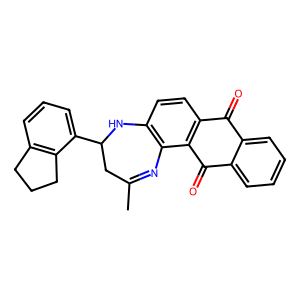
SMILES: CC1=Nc2c(ccc3c2C(=O)c2ccccc2C3=O)NC(c2cccc3c2CCC3)C1
Inhibits HIV replication: No